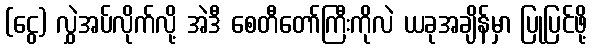
(ငွေ) လွှဲအပ်လိုက်လို့ အဲဒီ စေတီတော်ကြီးကိုလဲ ယခုအချိန်မှာ ပြုပြင်ဖို့